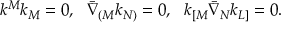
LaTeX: k ^ { M } k _ { M } = 0 , ~ ~ \bar { \nabla } _ { ( M } k _ { N ) } = 0 , ~ ~ k _ { [ M } \bar { \nabla } _ { N } k _ { L ] } = 0 .